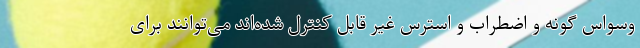
وسواس گونه و اضطراب و استرس غیر قابل کنترل شده‌اند می‌توانند برای